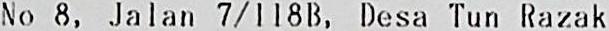
NO 8, JALAN 7/118B, DESA TUN RAZAK